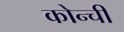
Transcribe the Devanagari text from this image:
कोन्ची